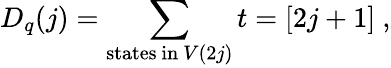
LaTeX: D_{q}(j)=\sum_{\mathrm{states~in~}V(2j)}t=[2j+1]~,